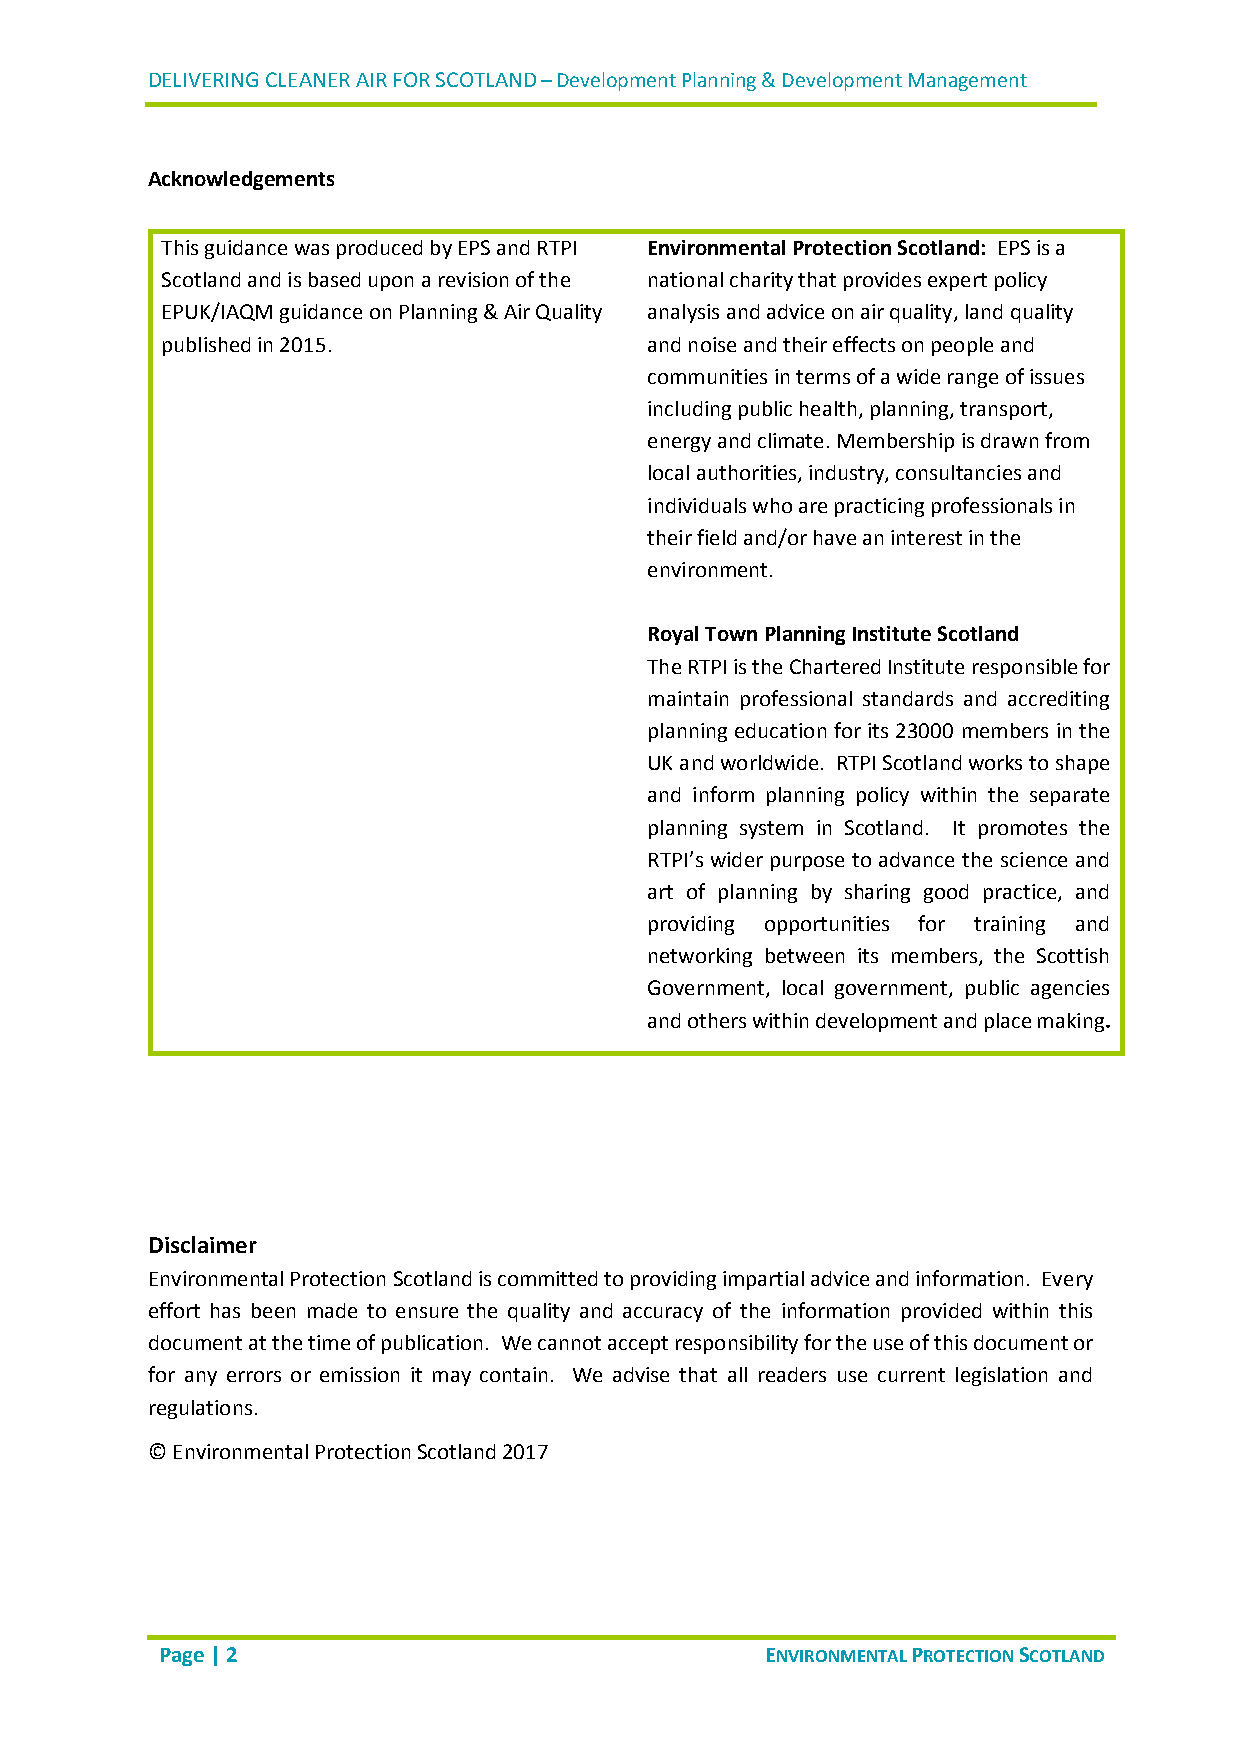
DELIVERING CLEANER AIR FOR SCOTLAND – Development Planning & Development Management
 Acknowledgements
 This guidance was produced by EPS and RTPI Environmental Protection Scotland: EPS is a
 Scotland and is based upon a revision of the national charity that provides expert policy
 EPUK/IAQM guidance on Planning & Air Quality analysis and advice on air quality, land quality
 published in 2015.              and noise and their effects on people and
 communities in terms of a wide range of issues
 including public health, planning, transport,
 energy and climate. Membership is drawn from
 local authorities, industry, consultancies and
 individuals who are practicing professionals in
 their field and/or have an interest in the
 environment.
 Royal Town Planning Institute Scotland
 The RTPI is the Chartered Institute responsible for
 maintain professional standards and accrediting
 planning education for its 23000 members in the
 UK and worldwide. RTPI Scotland works to shape
 and inform planning policy within the separate
 planning system in Scotland. It promotes the
 RTPI’s wider purpose to advance the science and
 art of planning by sharing good practice, and
 providing opportunities for training and
 networking between its members, the Scottish
 Government, local government, public agencies
 and others within development and place making.
 Disclaimer
 Environmental Protection Scotland is committed to providing impartial advice and information. Every
 effort has been made to ensure the quality and accuracy of the information provided within this
 document at the time of publication. We cannot accept responsibility for the use of this document or
 for any errors or emission it may contain. We advise that all readers use current legislation and
 regulations.
 © Environmental Protection Scotland 2017
 Page | 2                                ENVIRONMENTAL PROTECTION SCOTLAND